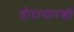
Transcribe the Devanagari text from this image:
हौदासारखी